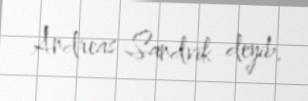
Andreas Sandvik deyib.